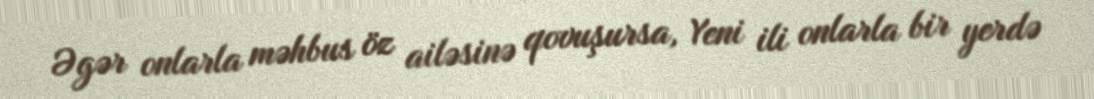
Əgər onlarla məhbus öz ailəsinə qovuşursa, Yeni ili onlarla bir yerdə